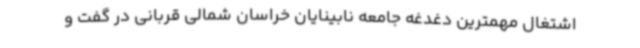
اشتغال مهمترین دغدغه جامعه نابینایان خراسان شمالی قربانی در گفت و